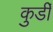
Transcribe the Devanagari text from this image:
कुर्डी